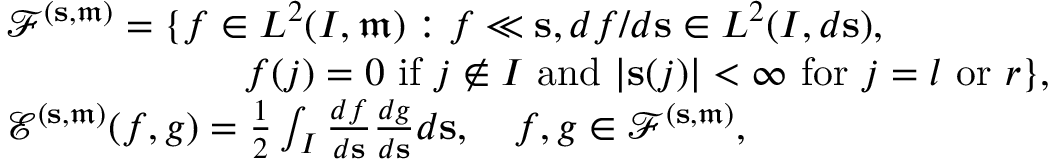
\begin{array} { r l } & { { \mathscr F } ^ { ( \mathbf { s } , \mathfrak { m } ) } = \{ f \in L ^ { 2 } ( I , \mathfrak { m } ) : f \ll \mathbf { s } , d f / d \mathbf { s } \in L ^ { 2 } ( I , d \mathbf { s } ) , } \\ & { \qquad \qquad \qquad f ( j ) = 0 \mathrm { ~ i f ~ } j \notin I \mathrm { ~ a n d ~ } | \mathbf { s } ( j ) | < \infty \mathrm { ~ f o r ~ } j = l \mathrm { ~ o r ~ } r \} , } \\ & { { \mathscr E } ^ { ( \mathbf { s } , \mathfrak { m } ) } ( f , g ) = \frac { 1 } { 2 } \int _ { I } \frac { d f } { d \mathbf { s } } \frac { d g } { d \mathbf { s } } d \mathbf { s } , \quad f , g \in { \mathscr F } ^ { ( \mathbf { s } , \mathfrak { m } ) } , } \end{array}